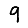
Digit: 9